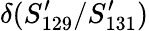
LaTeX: \delta(S_{129}^{\prime}/S_{131}^{\prime})